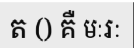
ត () គឺ មៈរៈ